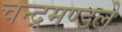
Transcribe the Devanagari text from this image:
चन्द्रमण्डले